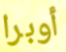
أوبرا